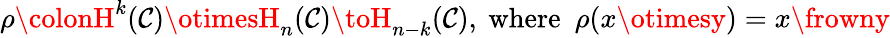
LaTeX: \rho\colonH^{k}(\mathcal{C})\otimesH_{n}(\mathcal{C})\toH_{n-k}(\mathcal{C}),\ {\mathrm{{where}}}\ \ \rho(x\otimesy)=x\frowny